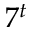
7 ^ { t }